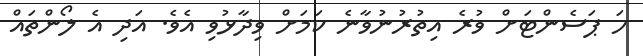
ހަ ޕަސެންޓަށް ވުރެ އިތުރުނުވާނެ ކަމަށް ވިދާޅުވި އެވެ. އަދި އެ ލޯންތައް